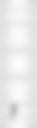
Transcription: コスモス,